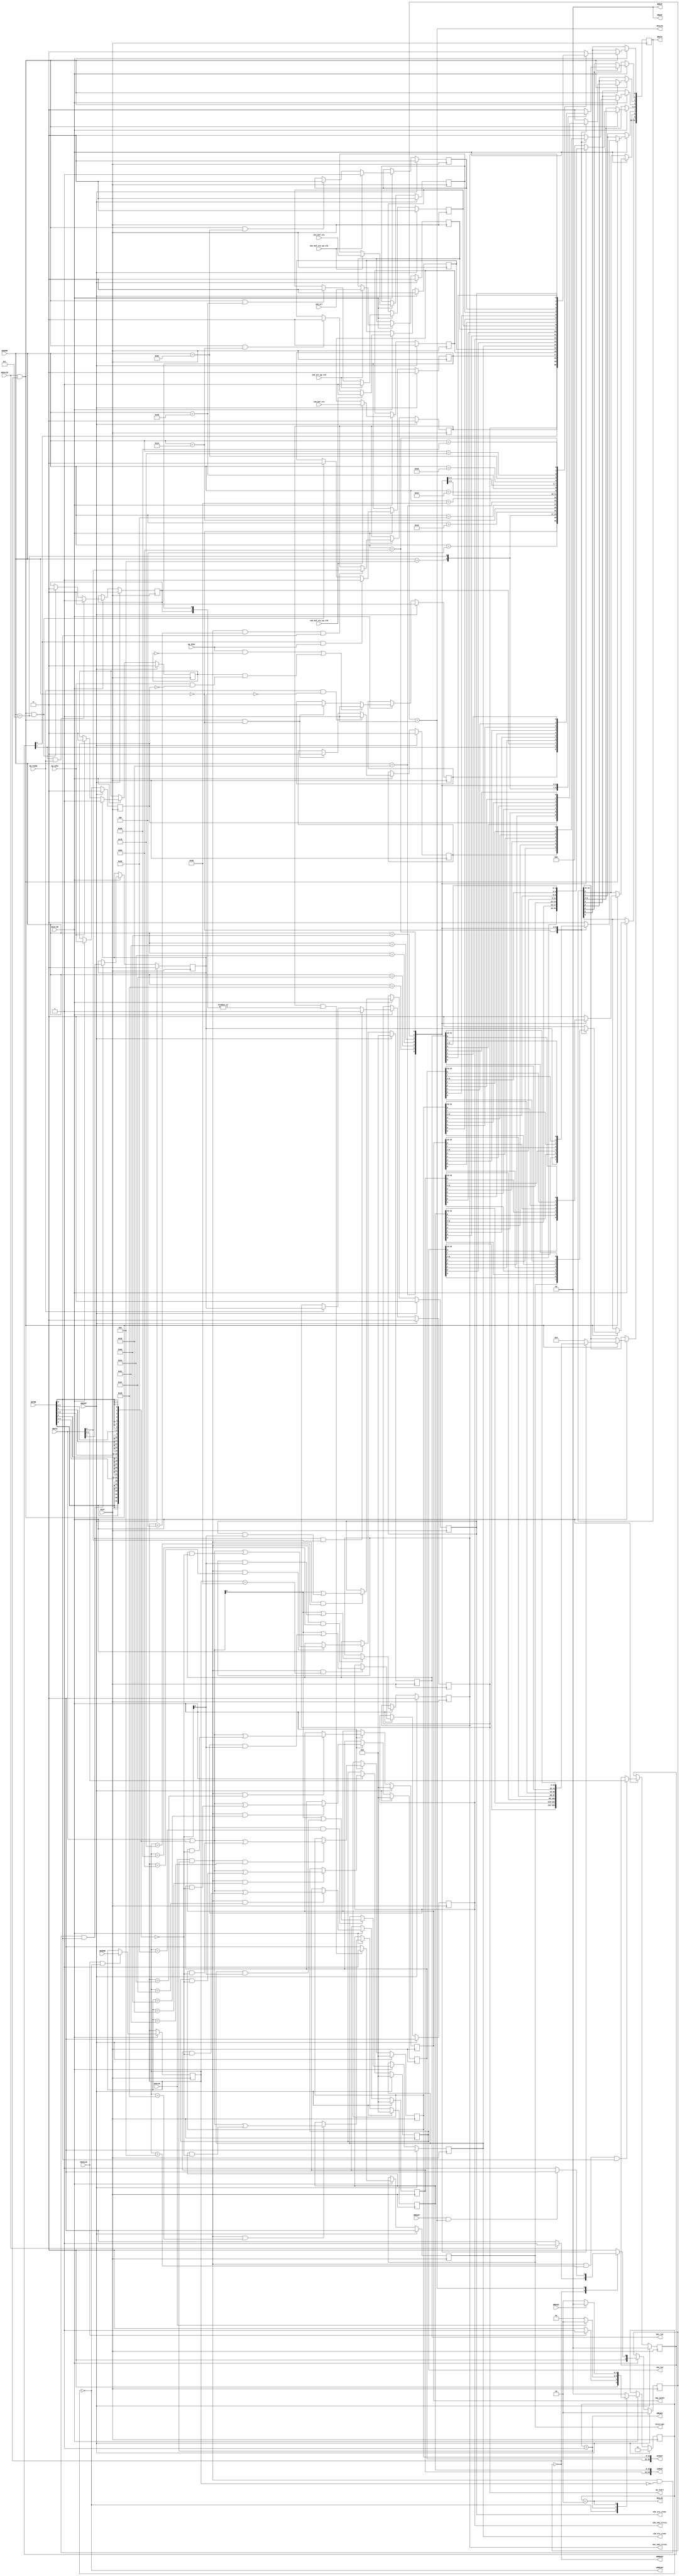
// ==============================================================
// Vitis HLS - High-Level Synthesis from C, C++ and OpenCL v2022.1 (64-bit)
// Tool Version Limit: 2022.04
// Copyright 1986-2022 Xilinx, Inc. All Rights Reserved.
// ==============================================================
`timescale 1ns/1ps
module userdma_control_s_axi
#(parameter
    C_S_AXI_ADDR_WIDTH = 8,
    C_S_AXI_DATA_WIDTH = 32
)(
    input  wire                          ACLK,
    input  wire                          ARESET,
    input  wire                          ACLK_EN,
    input  wire [C_S_AXI_ADDR_WIDTH-1:0] AWADDR,
    input  wire                          AWVALID,
    output wire                          AWREADY,
    input  wire [C_S_AXI_DATA_WIDTH-1:0] WDATA,
    input  wire [C_S_AXI_DATA_WIDTH/8-1:0] WSTRB,
    input  wire                          WVALID,
    output wire                          WREADY,
    output wire [1:0]                    BRESP,
    output wire                          BVALID,
    input  wire                          BREADY,
    input  wire [C_S_AXI_ADDR_WIDTH-1:0] ARADDR,
    input  wire                          ARVALID,
    output wire                          ARREADY,
    output wire [C_S_AXI_DATA_WIDTH-1:0] RDATA,
    output wire [1:0]                    RRESP,
    output wire                          RVALID,
    input  wire                          RREADY,
    output wire                          interrupt,
    input  wire [0:0]                    s2m_buf_sts,
    input  wire                          s2m_buf_sts_ap_vld,
    output wire [0:0]                    s2m_sts_clear,
    output wire [31:0]                   s2m_len,
    output wire [0:0]                    s2m_enb_clrsts,
    output wire [63:0]                   s2mbuf,
    input  wire [0:0]                    s2m_err,
    input  wire                          s2m_err_ap_vld,
    output wire [31:0]                   Img_width,
    output wire [63:0]                   m2sbuf,
    input  wire [0:0]                    m2s_buf_sts,
    input  wire                          m2s_buf_sts_ap_vld,
    output wire [0:0]                    m2s_sts_clear,
    output wire [31:0]                   m2s_len,
    output wire [0:0]                    m2s_enb_clrsts,
    output wire                          ap_start,
    input  wire                          ap_done,
    input  wire                          ap_ready,
    input  wire                          ap_idle
);
//------------------------Address Info-------------------
// 0x00 : Control signals
//        bit 0  - ap_start (Read/Write/COH)
//        bit 1  - ap_done (Read/COR)
//        bit 2  - ap_idle (Read)
//        bit 3  - ap_ready (Read/COR)
//        bit 7  - auto_restart (Read/Write)
//        bit 9  - interrupt (Read)
//        others - reserved
// 0x04 : Global Interrupt Enable Register
//        bit 0  - Global Interrupt Enable (Read/Write)
//        others - reserved
// 0x08 : IP Interrupt Enable Register (Read/Write)
//        bit 0 - enable ap_done interrupt (Read/Write)
//        bit 1 - enable ap_ready interrupt (Read/Write)
//        others - reserved
// 0x0c : IP Interrupt Status Register (Read/COR)
//        bit 0 - ap_done (Read/COR)
//        bit 1 - ap_ready (Read/COR)
//        others - reserved
// 0x10 : Data signal of s2m_buf_sts
//        bit 0  - s2m_buf_sts[0] (Read)
//        others - reserved
// 0x14 : Control signal of s2m_buf_sts
//        bit 0  - s2m_buf_sts_ap_vld (Read/COR)
//        others - reserved
// 0x20 : Data signal of s2m_sts_clear
//        bit 0  - s2m_sts_clear[0] (Read/Write)
//        others - reserved
// 0x24 : reserved
// 0x28 : Data signal of s2m_len
//        bit 31~0 - s2m_len[31:0] (Read/Write)
// 0x2c : reserved
// 0x30 : Data signal of s2m_enb_clrsts
//        bit 0  - s2m_enb_clrsts[0] (Read/Write)
//        others - reserved
// 0x34 : reserved
// 0x38 : Data signal of s2mbuf
//        bit 31~0 - s2mbuf[31:0] (Read/Write)
// 0x3c : Data signal of s2mbuf
//        bit 31~0 - s2mbuf[63:32] (Read/Write)
// 0x40 : reserved
// 0x44 : Data signal of s2m_err
//        bit 0  - s2m_err[0] (Read)
//        others - reserved
// 0x48 : Control signal of s2m_err
//        bit 0  - s2m_err_ap_vld (Read/COR)
//        others - reserved
// 0x54 : Data signal of Img_width
//        bit 31~0 - Img_width[31:0] (Read/Write)
// 0x58 : reserved
// 0x5c : Data signal of m2sbuf
//        bit 31~0 - m2sbuf[31:0] (Read/Write)
// 0x60 : Data signal of m2sbuf
//        bit 31~0 - m2sbuf[63:32] (Read/Write)
// 0x64 : reserved
// 0x68 : Data signal of m2s_buf_sts
//        bit 0  - m2s_buf_sts[0] (Read)
//        others - reserved
// 0x6c : Control signal of m2s_buf_sts
//        bit 0  - m2s_buf_sts_ap_vld (Read/COR)
//        others - reserved
// 0x78 : Data signal of m2s_sts_clear
//        bit 0  - m2s_sts_clear[0] (Read/Write)
//        others - reserved
// 0x7c : reserved
// 0x80 : Data signal of m2s_len
//        bit 31~0 - m2s_len[31:0] (Read/Write)
// 0x84 : reserved
// 0x88 : Data signal of m2s_enb_clrsts
//        bit 0  - m2s_enb_clrsts[0] (Read/Write)
//        others - reserved
// 0x8c : reserved
// (SC = Self Clear, COR = Clear on Read, TOW = Toggle on Write, COH = Clear on Handshake)

//------------------------Parameter----------------------
localparam
    ADDR_AP_CTRL               = 8'h00,
    ADDR_GIE                   = 8'h04,
    ADDR_IER                   = 8'h08,
    ADDR_ISR                   = 8'h0c,
    ADDR_S2M_BUF_STS_DATA_0    = 8'h10,
    ADDR_S2M_BUF_STS_CTRL      = 8'h14,
    ADDR_S2M_STS_CLEAR_DATA_0  = 8'h20,
    ADDR_S2M_STS_CLEAR_CTRL    = 8'h24,
    ADDR_S2M_LEN_DATA_0        = 8'h28,
    ADDR_S2M_LEN_CTRL          = 8'h2c,
    ADDR_S2M_ENB_CLRSTS_DATA_0 = 8'h30,
    ADDR_S2M_ENB_CLRSTS_CTRL   = 8'h34,
    ADDR_S2MBUF_DATA_0         = 8'h38,
    ADDR_S2MBUF_DATA_1         = 8'h3c,
    ADDR_S2MBUF_CTRL           = 8'h40,
    ADDR_S2M_ERR_DATA_0        = 8'h44,
    ADDR_S2M_ERR_CTRL          = 8'h48,
    ADDR_IMG_WIDTH_DATA_0      = 8'h54,
    ADDR_IMG_WIDTH_CTRL        = 8'h58,
    ADDR_M2SBUF_DATA_0         = 8'h5c,
    ADDR_M2SBUF_DATA_1         = 8'h60,
    ADDR_M2SBUF_CTRL           = 8'h64,
    ADDR_M2S_BUF_STS_DATA_0    = 8'h68,
    ADDR_M2S_BUF_STS_CTRL      = 8'h6c,
    ADDR_M2S_STS_CLEAR_DATA_0  = 8'h78,
    ADDR_M2S_STS_CLEAR_CTRL    = 8'h7c,
    ADDR_M2S_LEN_DATA_0        = 8'h80,
    ADDR_M2S_LEN_CTRL          = 8'h84,
    ADDR_M2S_ENB_CLRSTS_DATA_0 = 8'h88,
    ADDR_M2S_ENB_CLRSTS_CTRL   = 8'h8c,
    WRIDLE                     = 2'd0,
    WRDATA                     = 2'd1,
    WRRESP                     = 2'd2,
    WRRESET                    = 2'd3,
    RDIDLE                     = 2'd0,
    RDDATA                     = 2'd1,
    RDRESET                    = 2'd2,
    ADDR_BITS                = 8;

//------------------------Local signal-------------------
    reg  [1:0]                    wstate = WRRESET;
    reg  [1:0]                    wnext;
    reg  [ADDR_BITS-1:0]          waddr;
    wire [C_S_AXI_DATA_WIDTH-1:0] wmask;
    wire                          aw_hs;
    wire                          w_hs;
    reg  [1:0]                    rstate = RDRESET;
    reg  [1:0]                    rnext;
    reg  [C_S_AXI_DATA_WIDTH-1:0] rdata;
    wire                          ar_hs;
    wire [ADDR_BITS-1:0]          raddr;
    // internal registers
    reg                           int_ap_idle;
    reg                           int_ap_ready = 1'b0;
    wire                          task_ap_ready;
    reg                           int_ap_done = 1'b0;
    wire                          task_ap_done;
    reg                           int_task_ap_done = 1'b0;
    reg                           int_ap_start = 1'b0;
    reg                           int_interrupt = 1'b0;
    reg                           int_auto_restart = 1'b0;
    reg                           auto_restart_status = 1'b0;
    wire                          auto_restart_done;
    reg                           int_gie = 1'b0;
    reg  [1:0]                    int_ier = 2'b0;
    reg  [1:0]                    int_isr = 2'b0;
    reg                           int_s2m_buf_sts_ap_vld;
    reg  [0:0]                    int_s2m_buf_sts = 'b0;
    reg  [0:0]                    int_s2m_sts_clear = 'b0;
    reg  [31:0]                   int_s2m_len = 'b0;
    reg  [0:0]                    int_s2m_enb_clrsts = 'b0;
    reg  [63:0]                   int_s2mbuf = 'b0;
    reg                           int_s2m_err_ap_vld;
    reg  [0:0]                    int_s2m_err = 'b0;
    reg  [31:0]                   int_Img_width = 'b0;
    reg  [63:0]                   int_m2sbuf = 'b0;
    reg                           int_m2s_buf_sts_ap_vld;
    reg  [0:0]                    int_m2s_buf_sts = 'b0;
    reg  [0:0]                    int_m2s_sts_clear = 'b0;
    reg  [31:0]                   int_m2s_len = 'b0;
    reg  [0:0]                    int_m2s_enb_clrsts = 'b0;

//------------------------Instantiation------------------


//------------------------AXI write fsm------------------
assign AWREADY = (wstate == WRIDLE);
assign WREADY  = (wstate == WRDATA);
assign BRESP   = 2'b00;  // OKAY
assign BVALID  = (wstate == WRRESP);
assign wmask   = { {8{WSTRB[3]}}, {8{WSTRB[2]}}, {8{WSTRB[1]}}, {8{WSTRB[0]}} };
assign aw_hs   = AWVALID & AWREADY;
assign w_hs    = WVALID & WREADY;

// wstate
always @(posedge ACLK) begin
    if (ARESET)
        wstate <= WRRESET;
    else if (ACLK_EN)
        wstate <= wnext;
end

// wnext
always @(*) begin
    case (wstate)
        WRIDLE:
            if (AWVALID)
                wnext = WRDATA;
            else
                wnext = WRIDLE;
        WRDATA:
            if (WVALID)
                wnext = WRRESP;
            else
                wnext = WRDATA;
        WRRESP:
            if (BREADY)
                wnext = WRIDLE;
            else
                wnext = WRRESP;
        default:
            wnext = WRIDLE;
    endcase
end

// waddr
always @(posedge ACLK) begin
    if (ACLK_EN) begin
        if (aw_hs)
            waddr <= AWADDR[ADDR_BITS-1:0];
    end
end

//------------------------AXI read fsm-------------------
assign ARREADY = (rstate == RDIDLE);
assign RDATA   = rdata;
assign RRESP   = 2'b00;  // OKAY
assign RVALID  = (rstate == RDDATA);
assign ar_hs   = ARVALID & ARREADY;
assign raddr   = ARADDR[ADDR_BITS-1:0];

// rstate
always @(posedge ACLK) begin
    if (ARESET)
        rstate <= RDRESET;
    else if (ACLK_EN)
        rstate <= rnext;
end

// rnext
always @(*) begin
    case (rstate)
        RDIDLE:
            if (ARVALID)
                rnext = RDDATA;
            else
                rnext = RDIDLE;
        RDDATA:
            if (RREADY & RVALID)
                rnext = RDIDLE;
            else
                rnext = RDDATA;
        default:
            rnext = RDIDLE;
    endcase
end

// rdata
always @(posedge ACLK) begin
    if (ACLK_EN) begin
        if (ar_hs) begin
            rdata <= 'b0;
            case (raddr)
                ADDR_AP_CTRL: begin
                    rdata[0] <= int_ap_start;
                    rdata[1] <= int_task_ap_done;
                    rdata[2] <= int_ap_idle;
                    rdata[3] <= int_ap_ready;
                    rdata[7] <= int_auto_restart;
                    rdata[9] <= int_interrupt;
                end
                ADDR_GIE: begin
                    rdata <= int_gie;
                end
                ADDR_IER: begin
                    rdata <= int_ier;
                end
                ADDR_ISR: begin
                    rdata <= int_isr;
                end
                ADDR_S2M_BUF_STS_DATA_0: begin
                    rdata <= int_s2m_buf_sts[0:0];
                end
                ADDR_S2M_BUF_STS_CTRL: begin
                    rdata[0] <= int_s2m_buf_sts_ap_vld;
                end
                ADDR_S2M_STS_CLEAR_DATA_0: begin
                    rdata <= int_s2m_sts_clear[0:0];
                end
                ADDR_S2M_LEN_DATA_0: begin
                    rdata <= int_s2m_len[31:0];
                end
                ADDR_S2M_ENB_CLRSTS_DATA_0: begin
                    rdata <= int_s2m_enb_clrsts[0:0];
                end
                ADDR_S2MBUF_DATA_0: begin
                    rdata <= int_s2mbuf[31:0];
                end
                ADDR_S2MBUF_DATA_1: begin
                    rdata <= int_s2mbuf[63:32];
                end
                ADDR_S2M_ERR_DATA_0: begin
                    rdata <= int_s2m_err[0:0];
                end
                ADDR_S2M_ERR_CTRL: begin
                    rdata[0] <= int_s2m_err_ap_vld;
                end
                ADDR_IMG_WIDTH_DATA_0: begin
                    rdata <= int_Img_width[31:0];
                end
                ADDR_M2SBUF_DATA_0: begin
                    rdata <= int_m2sbuf[31:0];
                end
                ADDR_M2SBUF_DATA_1: begin
                    rdata <= int_m2sbuf[63:32];
                end
                ADDR_M2S_BUF_STS_DATA_0: begin
                    rdata <= int_m2s_buf_sts[0:0];
                end
                ADDR_M2S_BUF_STS_CTRL: begin
                    rdata[0] <= int_m2s_buf_sts_ap_vld;
                end
                ADDR_M2S_STS_CLEAR_DATA_0: begin
                    rdata <= int_m2s_sts_clear[0:0];
                end
                ADDR_M2S_LEN_DATA_0: begin
                    rdata <= int_m2s_len[31:0];
                end
                ADDR_M2S_ENB_CLRSTS_DATA_0: begin
                    rdata <= int_m2s_enb_clrsts[0:0];
                end
            endcase
        end
    end
end


//------------------------Register logic-----------------
assign interrupt         = int_interrupt;
assign ap_start          = int_ap_start;
assign task_ap_done      = (ap_done && !auto_restart_status) || auto_restart_done;
assign task_ap_ready     = ap_ready && !int_auto_restart;
assign auto_restart_done = auto_restart_status && (ap_idle && !int_ap_idle);
assign s2m_sts_clear     = int_s2m_sts_clear;
assign s2m_len           = int_s2m_len;
assign s2m_enb_clrsts    = int_s2m_enb_clrsts;
assign s2mbuf            = int_s2mbuf;
assign Img_width         = int_Img_width;
assign m2sbuf            = int_m2sbuf;
assign m2s_sts_clear     = int_m2s_sts_clear;
assign m2s_len           = int_m2s_len;
assign m2s_enb_clrsts    = int_m2s_enb_clrsts;
// int_interrupt
always @(posedge ACLK) begin
    if (ARESET)
        int_interrupt <= 1'b0;
    else if (ACLK_EN) begin
        if (int_gie && (|int_isr))
            int_interrupt <= 1'b1;
        else
            int_interrupt <= 1'b0;
    end
end

// int_ap_start
always @(posedge ACLK) begin
    if (ARESET)
        int_ap_start <= 1'b0;
    else if (ACLK_EN) begin
        if (w_hs && waddr == ADDR_AP_CTRL && WSTRB[0] && WDATA[0])
            int_ap_start <= 1'b1;
        else if (ap_ready)
            int_ap_start <= int_auto_restart; // clear on handshake/auto restart
    end
end

// int_ap_done
always @(posedge ACLK) begin
    if (ARESET)
        int_ap_done <= 1'b0;
    else if (ACLK_EN) begin
            int_ap_done <= ap_done;
    end
end

// int_task_ap_done
always @(posedge ACLK) begin
    if (ARESET)
        int_task_ap_done <= 1'b0;
    else if (ACLK_EN) begin
        if (task_ap_done)
            int_task_ap_done <= 1'b1;
        else if (ar_hs && raddr == ADDR_AP_CTRL)
            int_task_ap_done <= 1'b0; // clear on read
    end
end

// int_ap_idle
always @(posedge ACLK) begin
    if (ARESET)
        int_ap_idle <= 1'b0;
    else if (ACLK_EN) begin
            int_ap_idle <= ap_idle;
    end
end

// int_ap_ready
always @(posedge ACLK) begin
    if (ARESET)
        int_ap_ready <= 1'b0;
    else if (ACLK_EN) begin
        if (task_ap_ready)
            int_ap_ready <= 1'b1;
        else if (ar_hs && raddr == ADDR_AP_CTRL)
            int_ap_ready <= 1'b0;
    end
end

// int_auto_restart
always @(posedge ACLK) begin
    if (ARESET)
        int_auto_restart <= 1'b0;
    else if (ACLK_EN) begin
        if (w_hs && waddr == ADDR_AP_CTRL && WSTRB[0])
            int_auto_restart <=  WDATA[7];
    end
end

// auto_restart_status
always @(posedge ACLK) begin
    if (ARESET)
        auto_restart_status <= 1'b0;
    else if (ACLK_EN) begin
        if (int_auto_restart)
            auto_restart_status <= 1'b1;
        else if (ap_idle)
            auto_restart_status <= 1'b0;
    end
end

// int_gie
always @(posedge ACLK) begin
    if (ARESET)
        int_gie <= 1'b0;
    else if (ACLK_EN) begin
        if (w_hs && waddr == ADDR_GIE && WSTRB[0])
            int_gie <= WDATA[0];
    end
end

// int_ier
always @(posedge ACLK) begin
    if (ARESET)
        int_ier <= 1'b0;
    else if (ACLK_EN) begin
        if (w_hs && waddr == ADDR_IER && WSTRB[0])
            int_ier <= WDATA[1:0];
    end
end

// int_isr[0]
always @(posedge ACLK) begin
    if (ARESET)
        int_isr[0] <= 1'b0;
    else if (ACLK_EN) begin
        if (int_ier[0] & ap_done)
            int_isr[0] <= 1'b1;
        else if (ar_hs && raddr == ADDR_ISR)
            int_isr[0] <= 1'b0; // clear on read
    end
end

// int_isr[1]
always @(posedge ACLK) begin
    if (ARESET)
        int_isr[1] <= 1'b0;
    else if (ACLK_EN) begin
        if (int_ier[1] & ap_ready)
            int_isr[1] <= 1'b1;
        else if (ar_hs && raddr == ADDR_ISR)
            int_isr[1] <= 1'b0; // clear on read
    end
end

// int_s2m_buf_sts
always @(posedge ACLK) begin
    if (ARESET)
        int_s2m_buf_sts <= 0;
    else if (ACLK_EN) begin
        if (s2m_buf_sts_ap_vld)
            int_s2m_buf_sts <= s2m_buf_sts;
    end
end

// int_s2m_buf_sts_ap_vld
always @(posedge ACLK) begin
    if (ARESET)
        int_s2m_buf_sts_ap_vld <= 1'b0;
    else if (ACLK_EN) begin
        if (s2m_buf_sts_ap_vld)
            int_s2m_buf_sts_ap_vld <= 1'b1;
        else if (ar_hs && raddr == ADDR_S2M_BUF_STS_CTRL)
            int_s2m_buf_sts_ap_vld <= 1'b0; // clear on read
    end
end

// int_s2m_sts_clear[0:0]
always @(posedge ACLK) begin
    if (ARESET)
        int_s2m_sts_clear[0:0] <= 0;
    else if (ACLK_EN) begin
        if (w_hs && waddr == ADDR_S2M_STS_CLEAR_DATA_0)
            int_s2m_sts_clear[0:0] <= (WDATA[31:0] & wmask) | (int_s2m_sts_clear[0:0] & ~wmask);
    end
end

// int_s2m_len[31:0]
always @(posedge ACLK) begin
    if (ARESET)
        int_s2m_len[31:0] <= 0;
    else if (ACLK_EN) begin
        if (w_hs && waddr == ADDR_S2M_LEN_DATA_0)
            int_s2m_len[31:0] <= (WDATA[31:0] & wmask) | (int_s2m_len[31:0] & ~wmask);
    end
end

// int_s2m_enb_clrsts[0:0]
always @(posedge ACLK) begin
    if (ARESET)
        int_s2m_enb_clrsts[0:0] <= 0;
    else if (ACLK_EN) begin
        if (w_hs && waddr == ADDR_S2M_ENB_CLRSTS_DATA_0)
            int_s2m_enb_clrsts[0:0] <= (WDATA[31:0] & wmask) | (int_s2m_enb_clrsts[0:0] & ~wmask);
    end
end

// int_s2mbuf[31:0]
always @(posedge ACLK) begin
    if (ARESET)
        int_s2mbuf[31:0] <= 0;
    else if (ACLK_EN) begin
        if (w_hs && waddr == ADDR_S2MBUF_DATA_0)
            int_s2mbuf[31:0] <= (WDATA[31:0] & wmask) | (int_s2mbuf[31:0] & ~wmask);
    end
end

// int_s2mbuf[63:32]
always @(posedge ACLK) begin
    if (ARESET)
        int_s2mbuf[63:32] <= 0;
    else if (ACLK_EN) begin
        if (w_hs && waddr == ADDR_S2MBUF_DATA_1)
            int_s2mbuf[63:32] <= (WDATA[31:0] & wmask) | (int_s2mbuf[63:32] & ~wmask);
    end
end

// int_s2m_err
always @(posedge ACLK) begin
    if (ARESET)
        int_s2m_err <= 0;
    else if (ACLK_EN) begin
        if (s2m_err_ap_vld)
            int_s2m_err <= s2m_err;
    end
end

// int_s2m_err_ap_vld
always @(posedge ACLK) begin
    if (ARESET)
        int_s2m_err_ap_vld <= 1'b0;
    else if (ACLK_EN) begin
        if (s2m_err_ap_vld)
            int_s2m_err_ap_vld <= 1'b1;
        else if (ar_hs && raddr == ADDR_S2M_ERR_CTRL)
            int_s2m_err_ap_vld <= 1'b0; // clear on read
    end
end

// int_Img_width[31:0]
always @(posedge ACLK) begin
    if (ARESET)
        int_Img_width[31:0] <= 0;
    else if (ACLK_EN) begin
        if (w_hs && waddr == ADDR_IMG_WIDTH_DATA_0)
            int_Img_width[31:0] <= (WDATA[31:0] & wmask) | (int_Img_width[31:0] & ~wmask);
    end
end

// int_m2sbuf[31:0]
always @(posedge ACLK) begin
    if (ARESET)
        int_m2sbuf[31:0] <= 0;
    else if (ACLK_EN) begin
        if (w_hs && waddr == ADDR_M2SBUF_DATA_0)
            int_m2sbuf[31:0] <= (WDATA[31:0] & wmask) | (int_m2sbuf[31:0] & ~wmask);
    end
end

// int_m2sbuf[63:32]
always @(posedge ACLK) begin
    if (ARESET)
        int_m2sbuf[63:32] <= 0;
    else if (ACLK_EN) begin
        if (w_hs && waddr == ADDR_M2SBUF_DATA_1)
            int_m2sbuf[63:32] <= (WDATA[31:0] & wmask) | (int_m2sbuf[63:32] & ~wmask);
    end
end

// int_m2s_buf_sts
always @(posedge ACLK) begin
    if (ARESET)
        int_m2s_buf_sts <= 0;
    else if (ACLK_EN) begin
        if (m2s_buf_sts_ap_vld)
            int_m2s_buf_sts <= m2s_buf_sts;
    end
end

// int_m2s_buf_sts_ap_vld
always @(posedge ACLK) begin
    if (ARESET)
        int_m2s_buf_sts_ap_vld <= 1'b0;
    else if (ACLK_EN) begin
        if (m2s_buf_sts_ap_vld)
            int_m2s_buf_sts_ap_vld <= 1'b1;
        else if (ar_hs && raddr == ADDR_M2S_BUF_STS_CTRL)
            int_m2s_buf_sts_ap_vld <= 1'b0; // clear on read
    end
end

// int_m2s_sts_clear[0:0]
always @(posedge ACLK) begin
    if (ARESET)
        int_m2s_sts_clear[0:0] <= 0;
    else if (ACLK_EN) begin
        if (w_hs && waddr == ADDR_M2S_STS_CLEAR_DATA_0)
            int_m2s_sts_clear[0:0] <= (WDATA[31:0] & wmask) | (int_m2s_sts_clear[0:0] & ~wmask);
    end
end

// int_m2s_len[31:0]
always @(posedge ACLK) begin
    if (ARESET)
        int_m2s_len[31:0] <= 0;
    else if (ACLK_EN) begin
        if (w_hs && waddr == ADDR_M2S_LEN_DATA_0)
            int_m2s_len[31:0] <= (WDATA[31:0] & wmask) | (int_m2s_len[31:0] & ~wmask);
    end
end

// int_m2s_enb_clrsts[0:0]
always @(posedge ACLK) begin
    if (ARESET)
        int_m2s_enb_clrsts[0:0] <= 0;
    else if (ACLK_EN) begin
        if (w_hs && waddr == ADDR_M2S_ENB_CLRSTS_DATA_0)
            int_m2s_enb_clrsts[0:0] <= (WDATA[31:0] & wmask) | (int_m2s_enb_clrsts[0:0] & ~wmask);
    end
end

//synthesis translate_off
always @(posedge ACLK) begin
    if (ACLK_EN) begin
        if (int_gie & ~int_isr[0] & int_ier[0] & ap_done)
            $display ("// Interrupt Monitor : interrupt for ap_done detected @ \"%0t\"", $time);
        if (int_gie & ~int_isr[1] & int_ier[1] & ap_ready)
            $display ("// Interrupt Monitor : interrupt for ap_ready detected @ \"%0t\"", $time);
    end
end
//synthesis translate_on

//------------------------Memory logic-------------------

endmodule